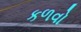
કળવો